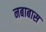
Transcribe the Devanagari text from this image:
नबाबास